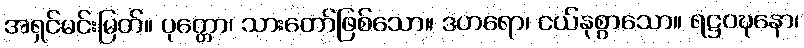
အရှင်မင်းမြတ်။ ပုတ္တော၊ သားတော်ဖြစ်သော။ ဒဟရော၊ ငယ်နုစွာသော။ ရဋ္ဌဝဍ္ဎနော၊